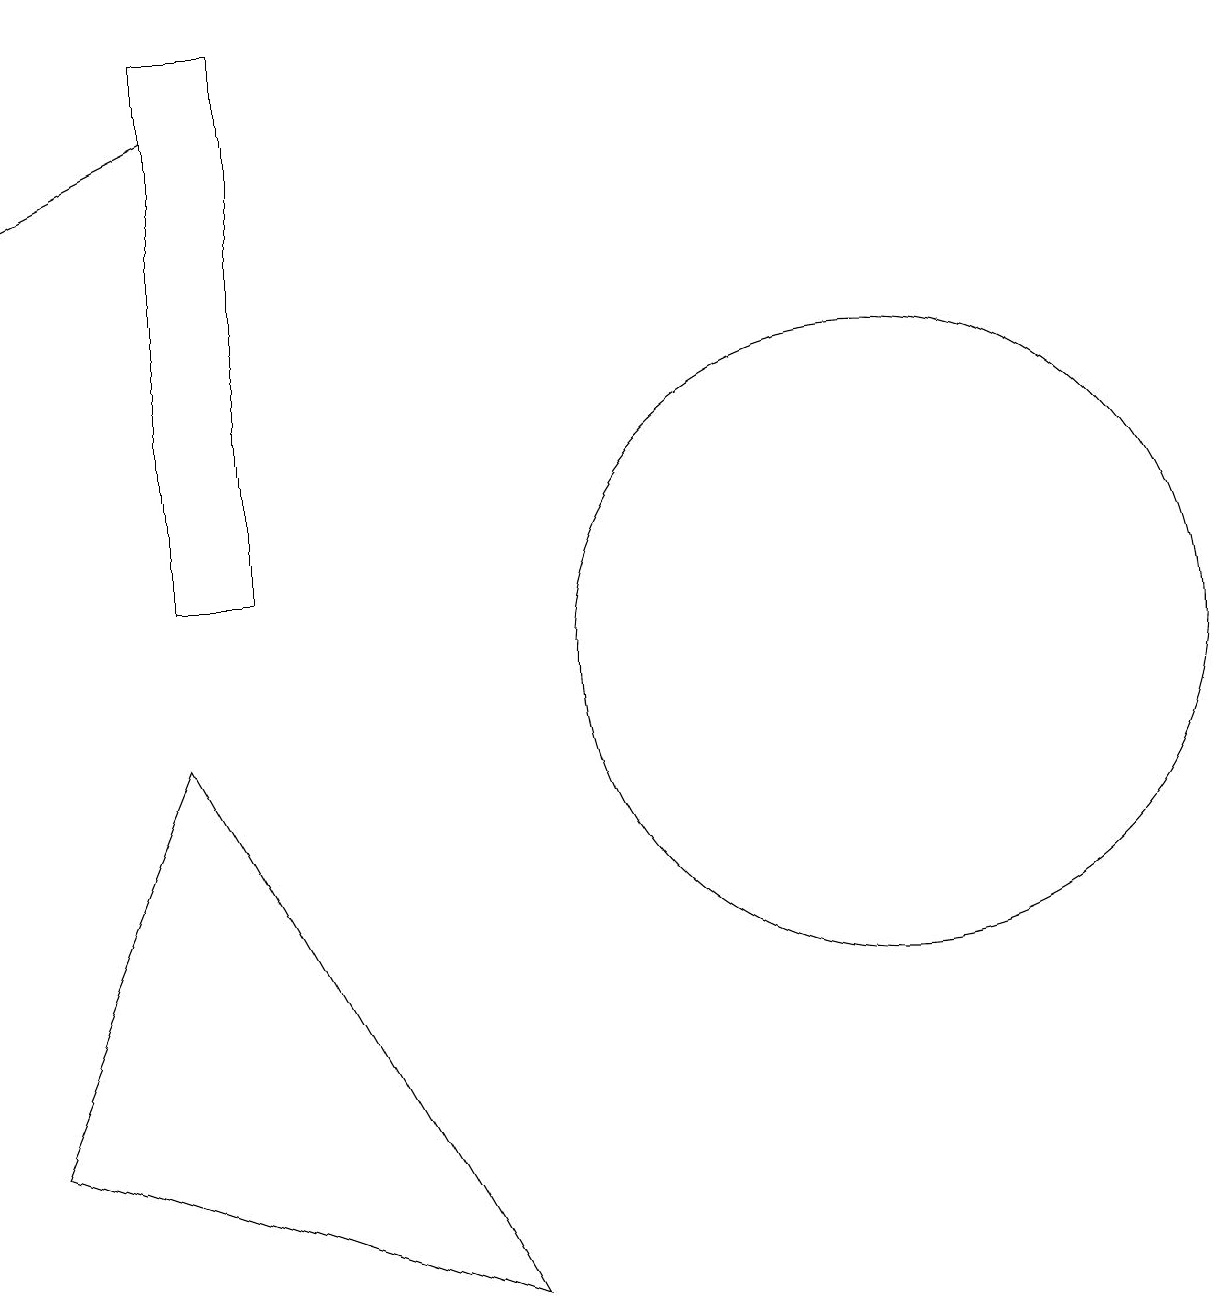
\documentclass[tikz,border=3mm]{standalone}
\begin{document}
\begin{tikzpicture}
\draw (2,11) rectangle (3,18);
\draw (0,4) -- (6,2) -- (2,9) -- cycle;
\draw (11,10) circle (4);
\draw[->] (2,17) -- (0,16);
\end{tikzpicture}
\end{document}